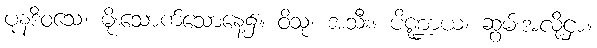
ပုနဒိဝသေ၊ မိုးသောက်သောနေ့၌။ ဝိသုံ၊ အသီး။ ပိဏ္ဍာယ၊ ဆွမ်းအလို့ငှာ။